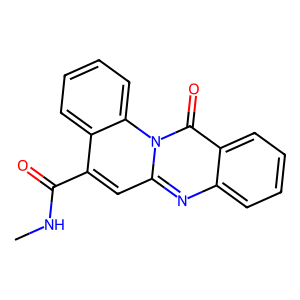
SMILES: CNC(=O)c1cc2nc3ccccc3c(=O)n2c2ccccc12
Inhibits HIV replication: No